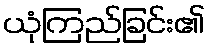
ယုံကြည်ခြင်း၏